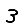
Digit: 3